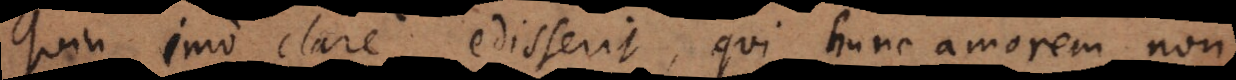
Quin imo clare edisserit, qui hunc amorem non